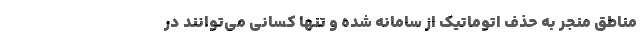
مناطق منجر به حذف اتوماتیک از سامانه شده و تنها کسانی می‌توانند در